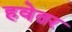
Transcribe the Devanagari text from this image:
हवेतर